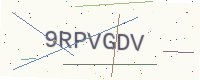
Text: 9RPVGDV